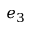
e _ { 3 }